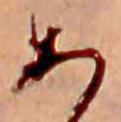
あ